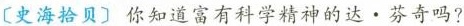
〔史海拾贝〕你知道富有科学精神的达。芬奇吗?